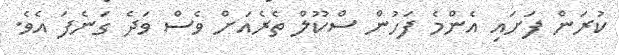
ކުރަން ފަށައި އެންމެ ފަހުން ސްކޫލް ތެރެއަށް ވެސް ވަދެ ގަނެފަ އެވެ.